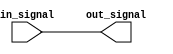
module DelayBlock #(parameter DELAY = 10) (
    input wire [3:0] in_signal,  // 4-bit input signal
    output reg [3:0] out_signal   // 4-bit output signal
);

    // Always block triggered by changes in input signals
    always @(*) begin
        // Introduce a delay for the output signal
        #DELAY out_signal = in_signal;
    end

endmodule